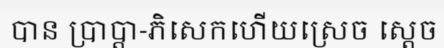
បាន ប្រាប្តា-ភិសេកហើយស្រេច ស្តេច